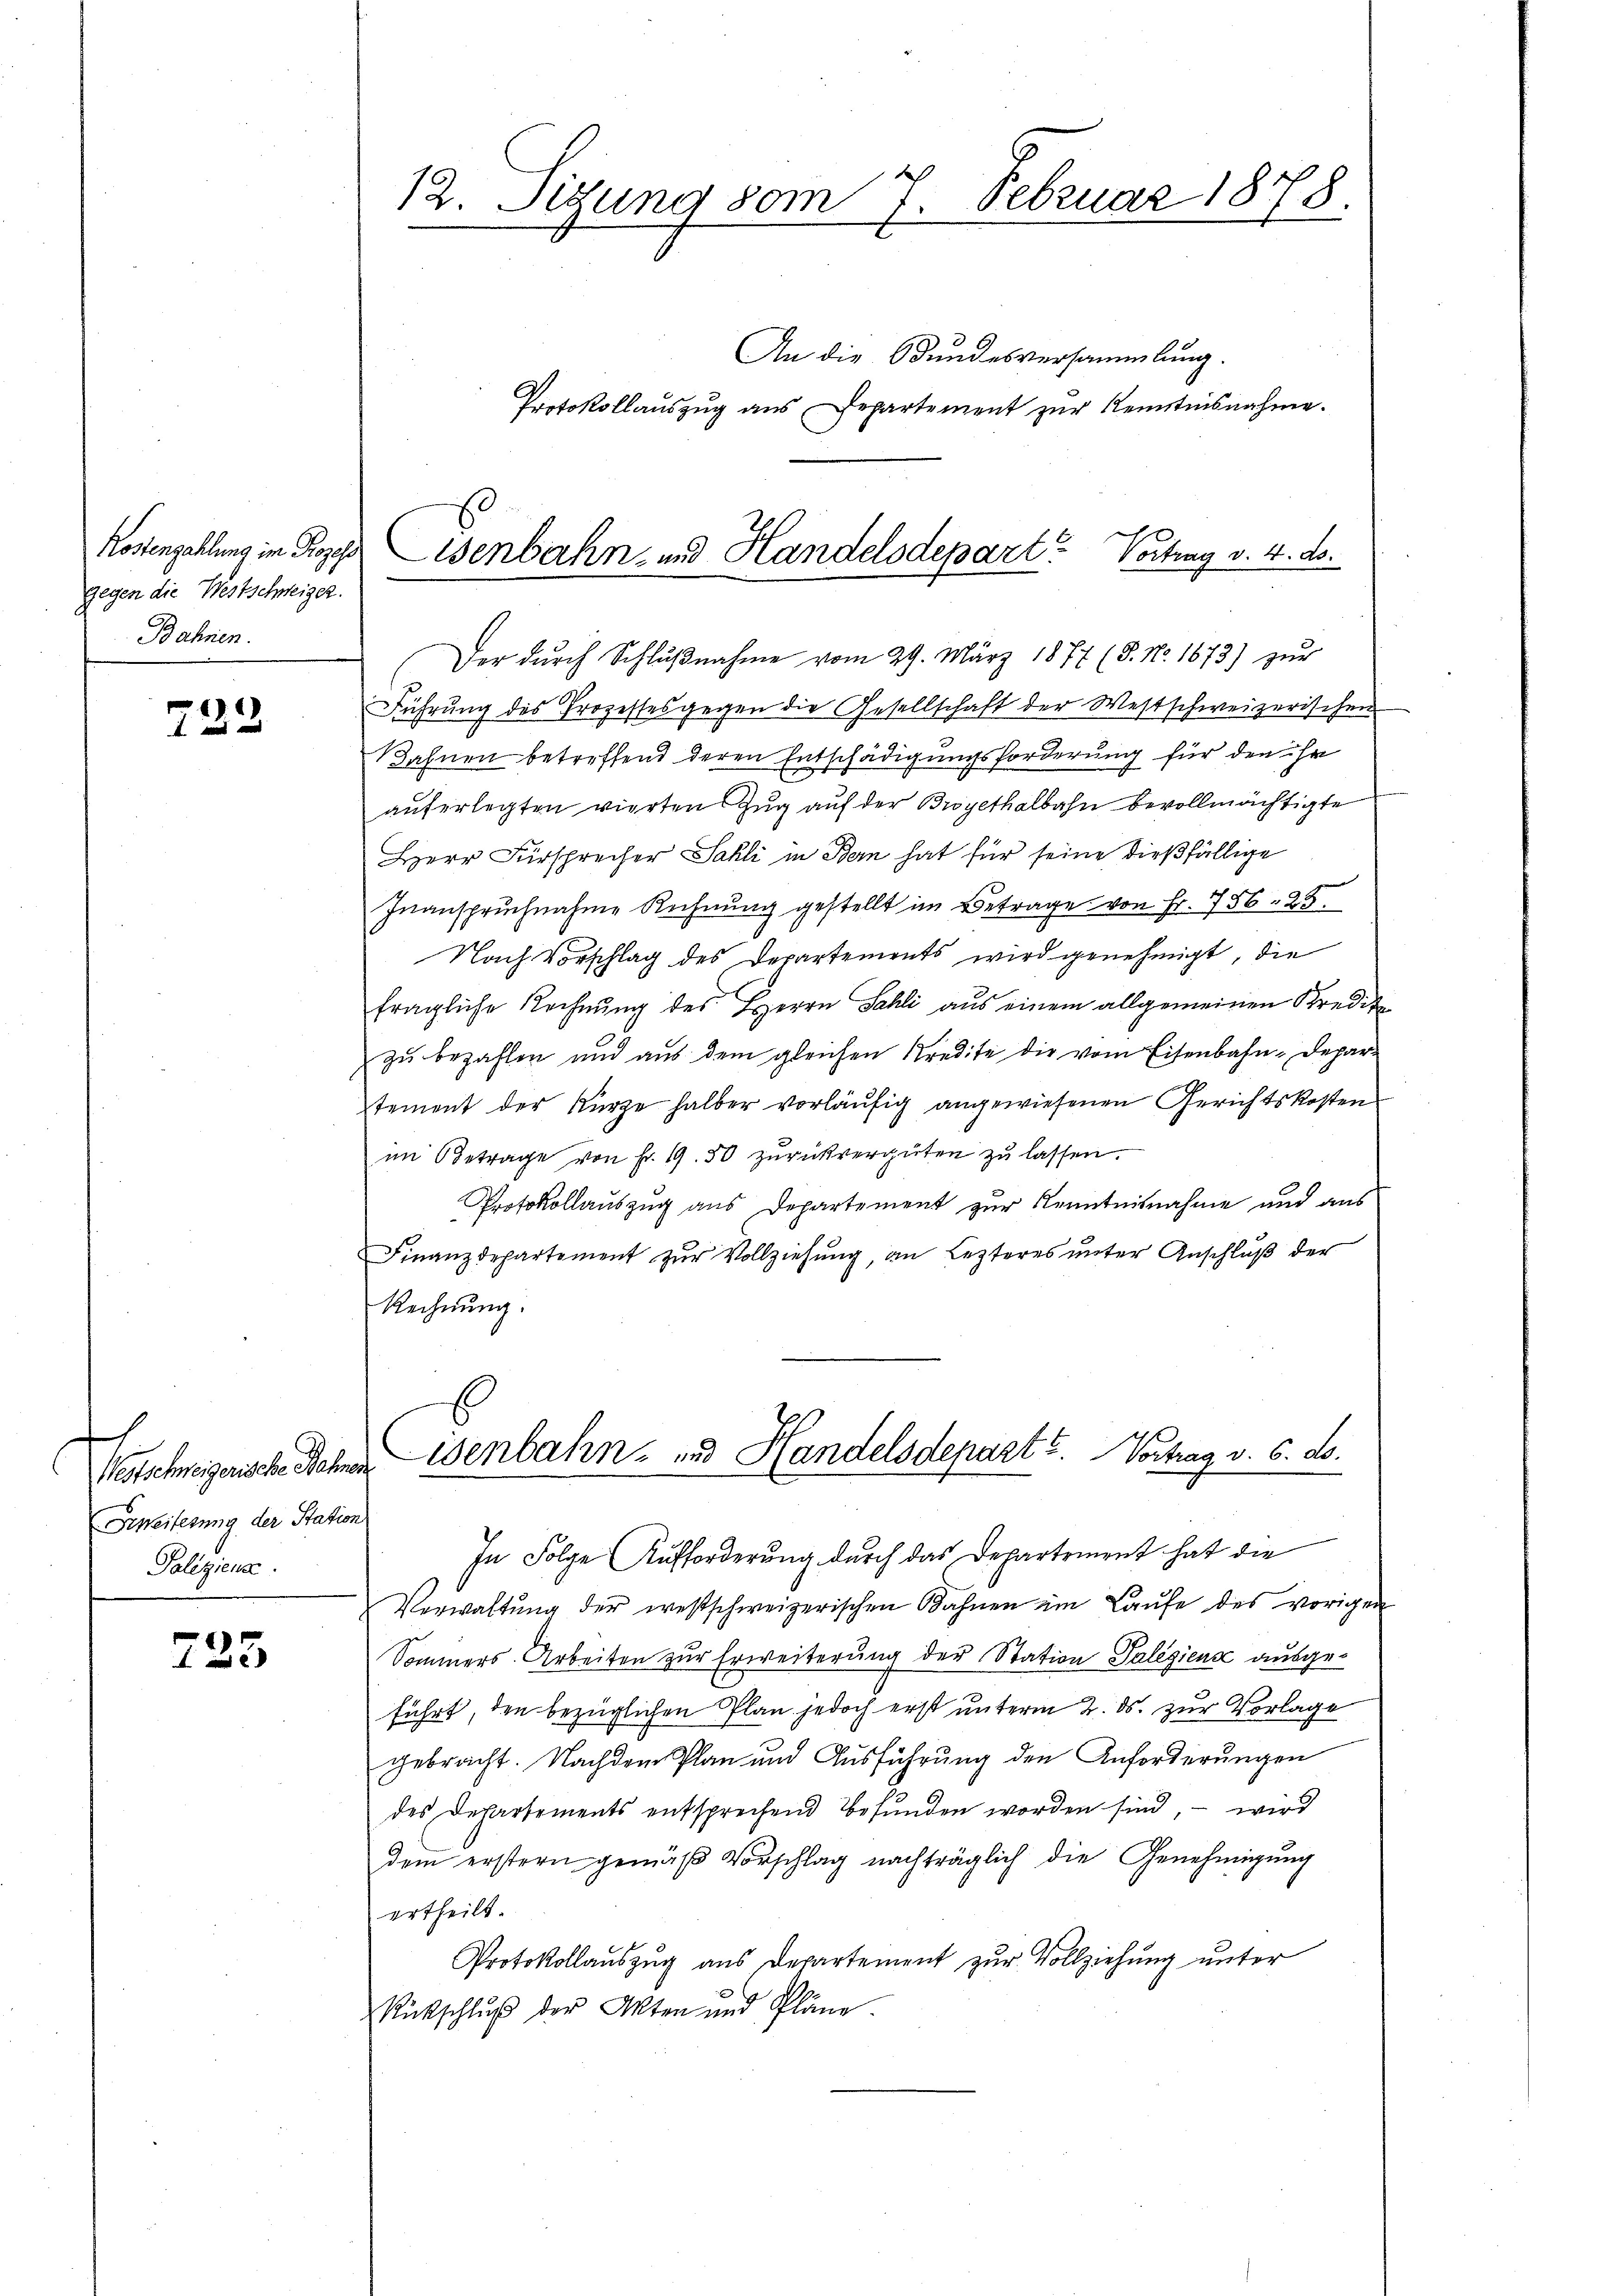
Kostenzahlung im Prozess
gegen die Westschweiger.
Bahnen.

722

Vorschreizerische Sehen
Zweifesung der Station
Poliziens.

723

12. Sitzung vom 7. Februar 1878.

An die Bundesversammlung.
Protokollauszug aus Departement zur Kenntnisnahme.

isenbahn- und Handelsdepart? Vortrag v. 4. ds.

Der dŭrch Schlŭβnahme vom 29. März 1877 (§. N. 1673) zŭr
Führung des Prozesses gegen die Gesellschaft der Westschweizerischen
Bahnen betreffend deren Entschädigungsforderung für den ihr
aŭferlegten vierten Zŭg aŭf der Brogethalbahn bevollmächtigte
Herr Fürsprecher Sahli in Bern hat für seine dießfällige
Inanspruchnahme Rechnung gestellt im Betrage von Fr. 756. 25.
Nach Vorschlag des Departements wird genehmigt, die
fragliche Rechnung des HHerrn Sahli aus einem allgemeinen Kredit
zu bezahlen und aus dem gleichen Kredite die vom Eisenbahn-Departement der Kürze halber vorläŭfig angewiesenen Gerichtskosten
im Betrage von Fr. 19. 50 zurückvergüten zŭ lassen.
Protokollauszug aus Departement zur Kenntnisnahme und aus
Finanzdepartement zur Vollziehung, an Lezteres unter Anschluß der
Rechnung.

isenbahn- und Handelsdeparte. Vortrag v. 6. ds.

In Folge Aufforderung durch das Departement hat die
Verwaltŭng der westschweizerischen Bahnen im Laŭfe des vorigen
Sommers-Arbeiten zur Erweiterung der Station Talesiens ausgeführt, den bezüglichen Plan jedoch erst unterm 2. ds. zur Vorlage
gebracht. Nachdem Plan und Ausführung den Anforderungen
des Departements entsprechend befunden worden sind, – wird
dem erstern gemäß Vorschlag nachträglich die Genehmigung
ertheilt.
Protokollauszug aus derartement zur Vollziehung unter
Rückschluß der Akten und Pläne.